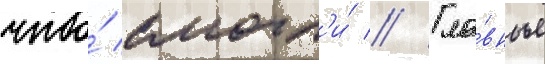
что́ смогл'и́ // Гла́вные